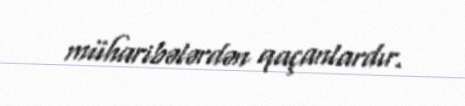
müharibələrdən qaçanlardır.